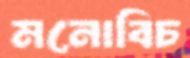
মনোবিচ